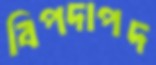
বিপদাপদ